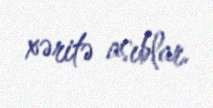
xəritə asıblar.